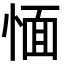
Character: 愐